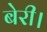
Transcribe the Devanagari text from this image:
बेरी।